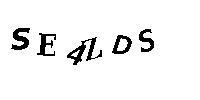
SE4ZDS